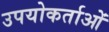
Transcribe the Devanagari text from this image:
उपयोकर्ताओं